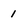
Character: 1